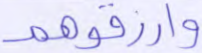
وارزقوهم